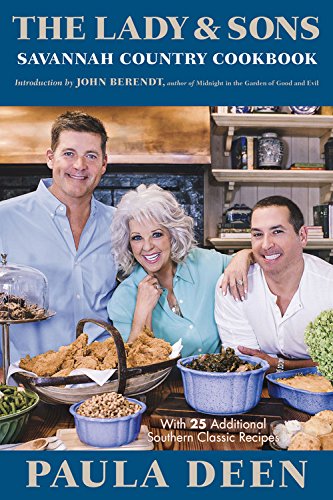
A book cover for The Lady and Sons Savannah Country Cookbook; Paula Deen; Cookbooks, Food & Wine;